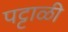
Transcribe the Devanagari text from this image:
पट्टाळी